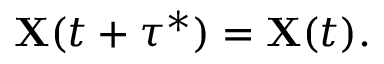
\mathbf { X } ( t + \tau ^ { * } ) = \mathbf { X } ( t ) .